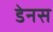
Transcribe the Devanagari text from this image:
डेनस